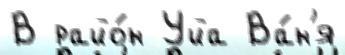
В райо́н Уйа Ва́н'я